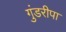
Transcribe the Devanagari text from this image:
गुंडरीपा